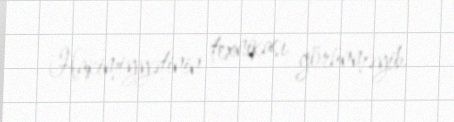
Hakimiyyətinin texnikası görünməyib.